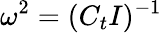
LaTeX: \omega^{2}=(C_{t}I)^{-1}